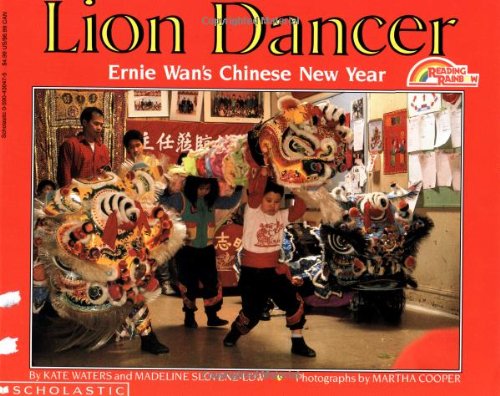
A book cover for Lion Dancer: Ernie Wan's Chinese New Year (Reading Rainbow Books); Kate Waters; Children's Books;